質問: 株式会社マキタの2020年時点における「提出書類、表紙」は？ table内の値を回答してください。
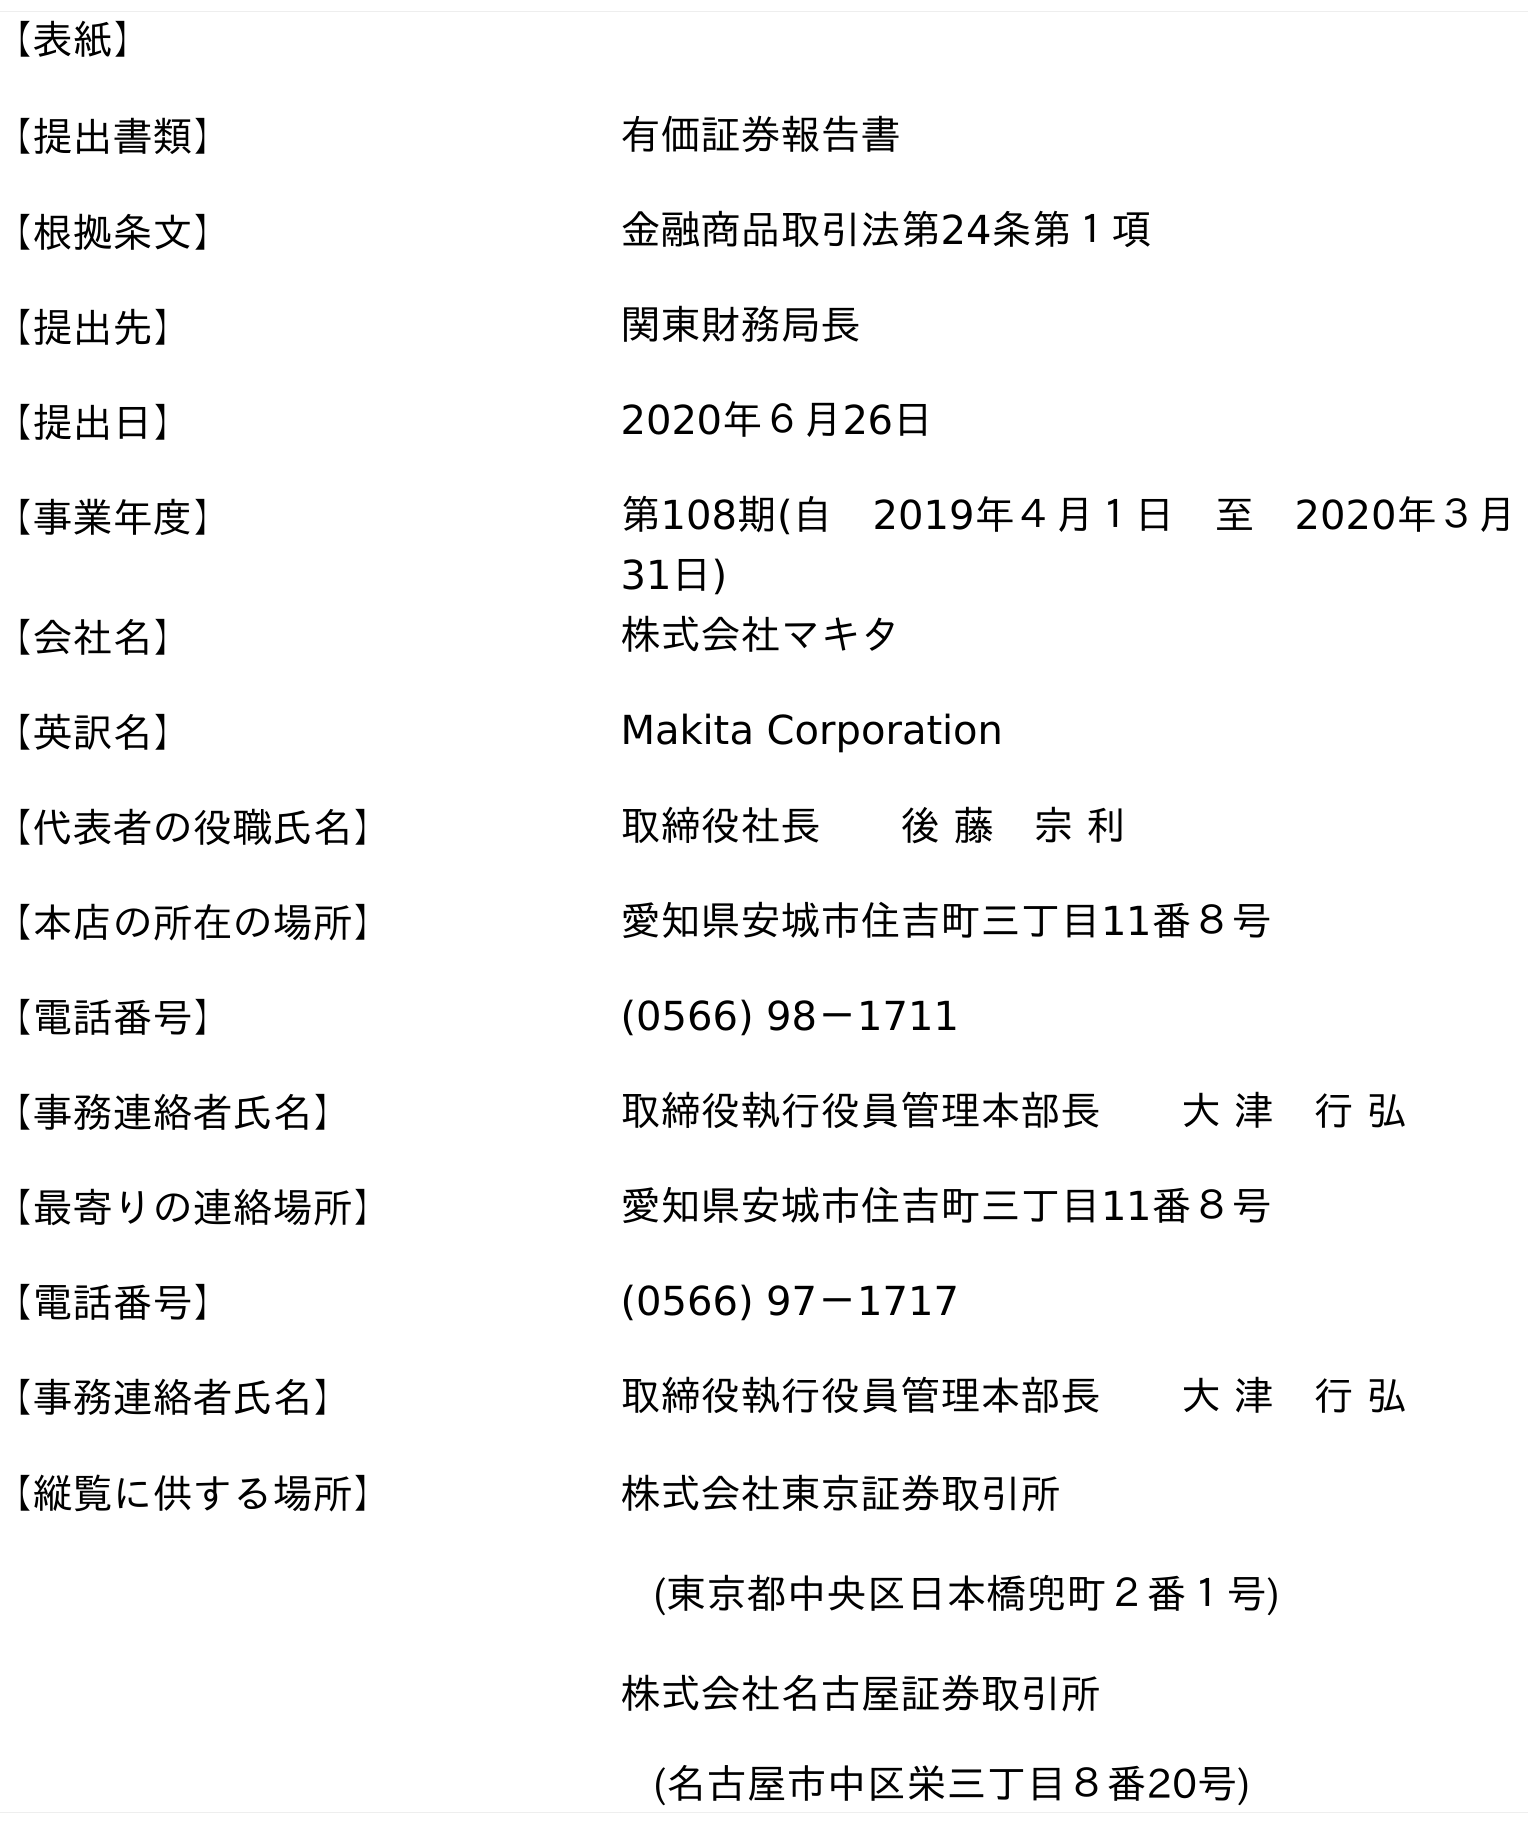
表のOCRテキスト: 【表紙】 【提出書類】 有価証券報告書 【根拠条文】 金融商品取引法第24条第１項 【提出先】 関東財務局長 【提出日】 2020年６月26日 【事業年度】 第108期(自 2019年４月１日 至 2020年３月 31日) 【会社名】 株式会社マキタ 【英訳名】 Makita Corporation 【代表者の役職氏名】 取締役社長  後 藤 宗 利 【本店の所在の場所】 愛知県安城市住吉町三丁目11番８号 【電話番号】 (0566) 98－1711 【事務連絡者氏名】 取締役執行役員管理本部長  大 津 行 弘 【最寄りの連絡場所】 愛知県安城市住吉町三丁目11番８号 【電話番号】 (0566) 97－1717 【事務連絡者氏名】 取締役執行役員管理本部長  大 津 行 弘 【縦覧に供する場所】 株式会社東京証券取引所 (東京都中央区日本橋兜町２番１号) 株式会社名古屋証券取引所 (名古屋市中区栄三丁目８番20号)
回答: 有価証券報告書